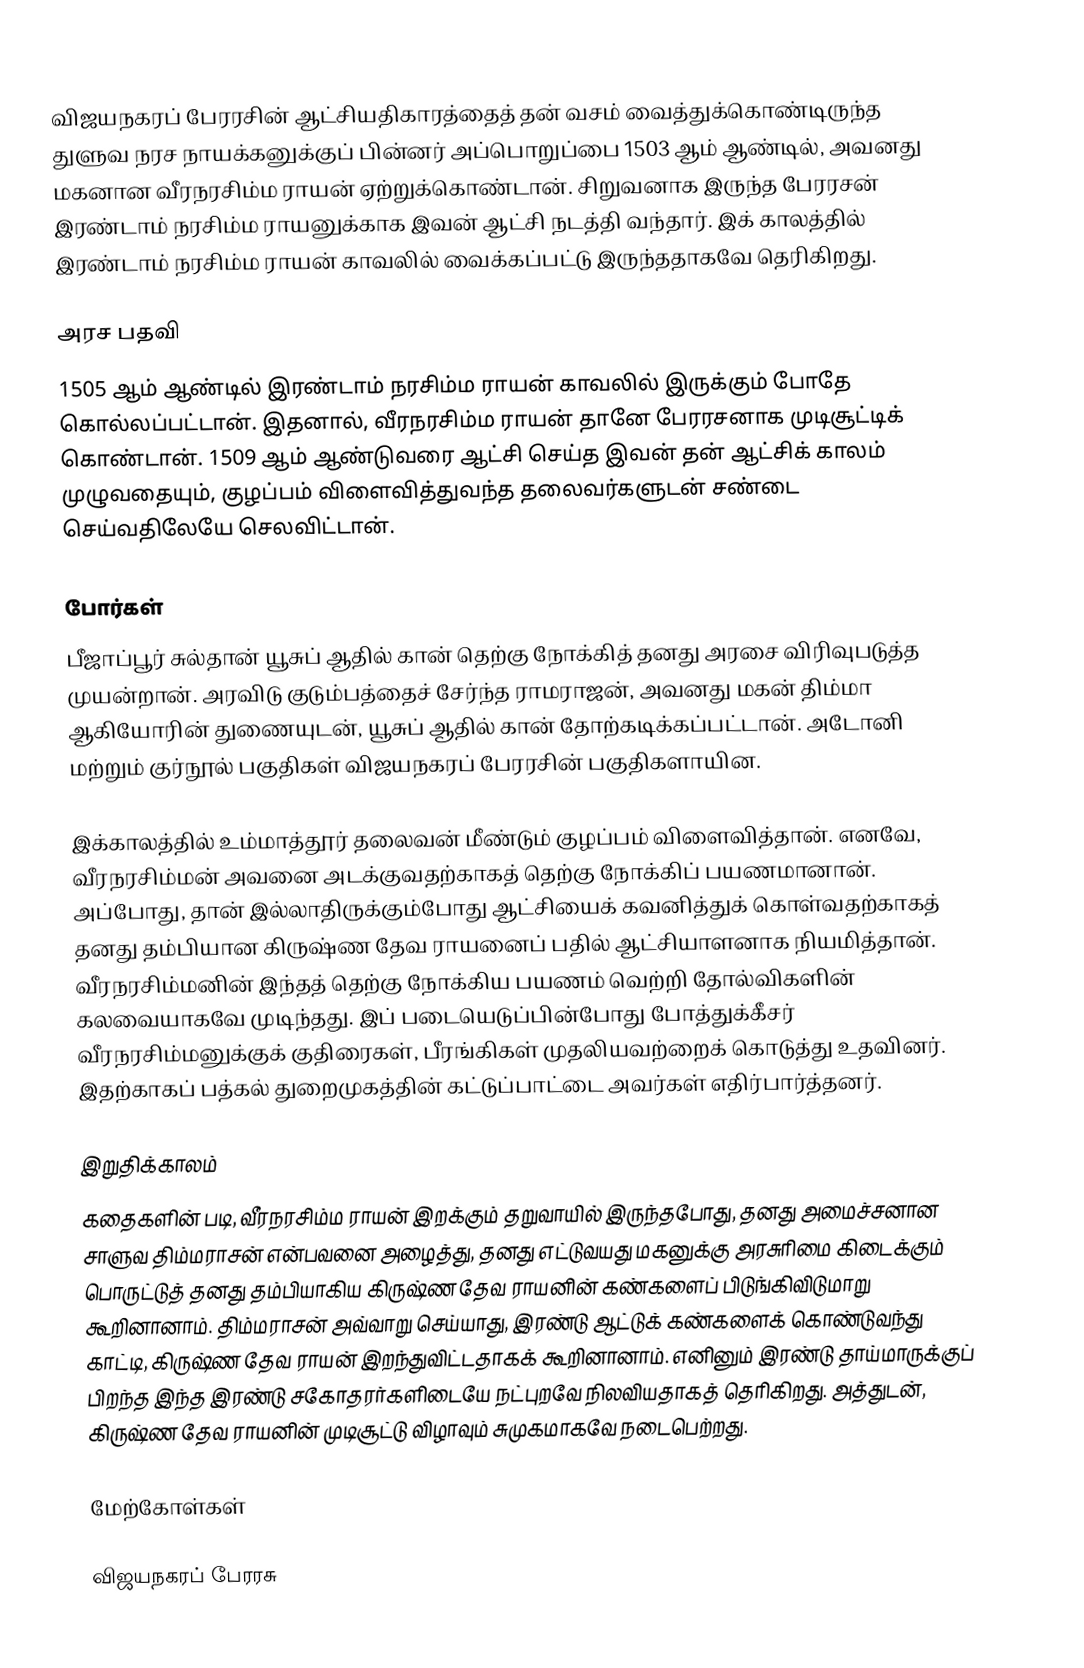
விஜயநகரப் பேரரசின் ஆட்சியதிகாரத்தைத் தன் வசம் வைத்துக்கொண்டிருந்த துளுவ நரச நாயக்கனுக்குப் பின்னர் அப்பொறுப்பை 1503 ஆம் ஆண்டில், அவனது மகனான வீரநரசிம்ம ராயன் ஏற்றுக்கொண்டான். சிறுவனாக இருந்த பேரரசன் இரண்டாம் நரசிம்ம ராயனுக்காக இவன் ஆட்சி நடத்தி வந்தார். இக் காலத்தில் இரண்டாம் நரசிம்ம ராயன் காவலில் வைக்கப்பட்டு இருந்ததாகவே தெரிகிறது.

அரச பதவி
1505 ஆம் ஆண்டில் இரண்டாம் நரசிம்ம ராயன் காவலில் இருக்கும் போதே கொல்லப்பட்டான். இதனால், வீரநரசிம்ம ராயன் தானே பேரரசனாக முடிசூட்டிக் கொண்டான். 1509 ஆம் ஆண்டுவரை ஆட்சி செய்த இவன் தன் ஆட்சிக் காலம் முழுவதையும், குழப்பம் விளைவித்துவந்த தலைவர்களுடன் சண்டை செய்வதிலேயே செலவிட்டான்.

போர்கள்
பீஜாப்பூர் சுல்தான் யூசுப் ஆதில் கான் தெற்கு நோக்கித் தனது அரசை விரிவுபடுத்த முயன்றான். அரவிடு குடும்பத்தைச் சேர்ந்த ராமராஜன், அவனது மகன் திம்மா ஆகியோரின் துணையுடன், யூசுப் ஆதில் கான் தோற்கடிக்கப்பட்டான். அடோனி மற்றும் குர்நூல் பகுதிகள் விஜயநகரப் பேரரசின் பகுதிகளாயின.

இக்காலத்தில் உம்மாத்தூர் தலைவன் மீண்டும் குழப்பம் விளைவித்தான். எனவே, வீரநரசிம்மன் அவனை அடக்குவதற்காகத் தெற்கு நோக்கிப் பயணமானான். அப்போது, தான் இல்லாதிருக்கும்போது ஆட்சியைக் கவனித்துக் கொள்வதற்காகத் தனது தம்பியான கிருஷ்ண தேவ ராயனைப் பதில் ஆட்சியாளனாக நியமித்தான். வீரநரசிம்மனின் இந்தத் தெற்கு நோக்கிய பயணம் வெற்றி தோல்விகளின் கலவையாகவே முடிந்தது. இப் படையெடுப்பின்போது போத்துக்கீசர் வீரநரசிம்மனுக்குக் குதிரைகள், பீரங்கிகள் முதலியவற்றைக் கொடுத்து உதவினர். இதற்காகப் பத்கல் துறைமுகத்தின் கட்டுப்பாட்டை அவர்கள் எதிர்பார்த்தனர்.

இறுதிக்காலம்
கதைகளின் படி, வீரநரசிம்ம ராயன் இறக்கும் தறுவாயில் இருந்தபோது, தனது அமைச்சனான சாளுவ திம்மராசன் என்பவனை அழைத்து, தனது எட்டுவயது மகனுக்கு அரசுரிமை கிடைக்கும் பொருட்டுத் தனது தம்பியாகிய கிருஷ்ண தேவ ராயனின் கண்களைப் பிடுங்கிவிடுமாறு கூறினானாம். திம்மராசன் அவ்வாறு செய்யாது, இரண்டு ஆட்டுக் கண்களைக் கொண்டுவந்து காட்டி, கிருஷ்ண தேவ ராயன் இறந்துவிட்டதாகக் கூறினானாம். எனினும் இரண்டு தாய்மாருக்குப் பிறந்த இந்த இரண்டு சகோதரர்களிடையே நட்புறவே நிலவியதாகத் தெரிகிறது. அத்துடன், கிருஷ்ண தேவ ராயனின் முடிசூட்டு விழாவும் சுமுகமாகவே நடைபெற்றது.

மேற்கோள்கள்

விஜயநகரப் பேரரசு